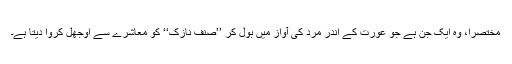
مختصراً، وہ ایک جِنّ ہے جو عورت کے اندر مرد کی آواز میں بول کر ’’صنفِ نازک‘‘ کو معاشرے سے اوجھل کروا دیتا ہے۔